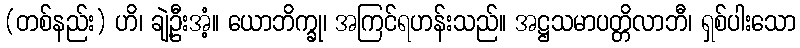
(တစ်နည်း) ဟိ၊ ချဲ့ဦးအံ့။ ယောဘိက္ခု၊ အကြင်ရဟန်းသည်။ အဋ္ဌသမာပတ္တိလာဘီ၊ ရှစ်ပါးသော